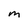
Character: M